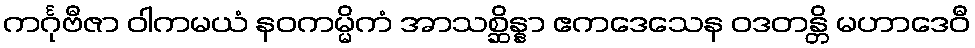
ကင်္ဂုဗီဇာ ဝါကမယံ နဝကမ္မိကံ အာသစ္ဆိန္နာ ဧကဒေသေန ဝဒတန္တိ မဟာဒေဝီ